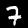
Digit: 7